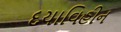
દયાવિહીન